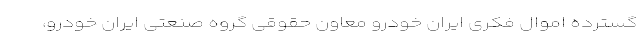
گسترده اموال فکری ایران خودرو معاون حقوقی گروه صنعتی ایران خودرو،